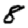
Digit: 8